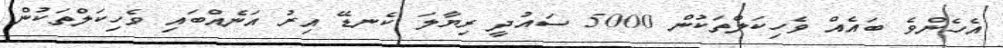
އެހެންވެ ބައެއް ވެހިކަލްތަކުން 5000 ސައުދީ ރިޔާލަ ކެނޑޭ އިރު އަނެއްބައި ވެހިކަލްތަކުން